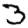
Digit: 3